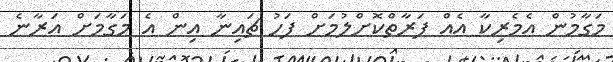
މަގާމުން އެމެރިކާ އެއް ފަރާތްކޮށްލުމަށް ފަހު ޗައިނާ އިން އެ މަގާމަށް އަރާނެ